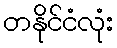
တနိုင်ငံလုံး